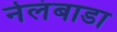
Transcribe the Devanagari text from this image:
नेलंबाडा